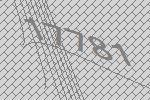
17781